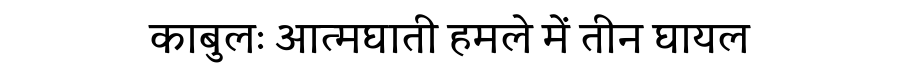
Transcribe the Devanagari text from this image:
काबुलः आत्मघाती हमले में तीन घायल